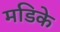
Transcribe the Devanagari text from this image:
मडिके